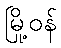
မြို့ဝန်